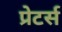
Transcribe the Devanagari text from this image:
प्रेटर्स